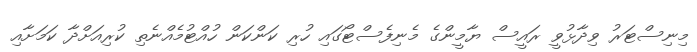
މިނިސްޓަރު ވިދާޅުވީ ރައީސް ޔާމީންގެ މެނިފެސްޓޯގައި ހުރި ކަންކަން ހުއްޓުމެއްނެތި ކުރިއަށްދާ ކަމަށާއި